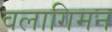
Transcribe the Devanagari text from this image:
वलागिमन